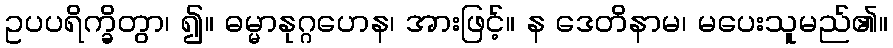
ဥပပရိက္ခိတွာ၊ ၍။ ဓမ္မာနုဂ္ဂဟေန၊ အားဖြင့်။ န ဒေတိနာမ၊ မပေးသူမည်၏။